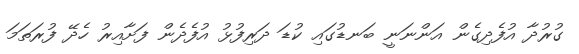
ގުރުދާ އުފެދިގެން އަންނަނީ ބަނޑުގައި ކުޑަ ދަރިފުޅު އުފެދެން ފަށާއިރު ހެދޭ ފުރަތަމަ